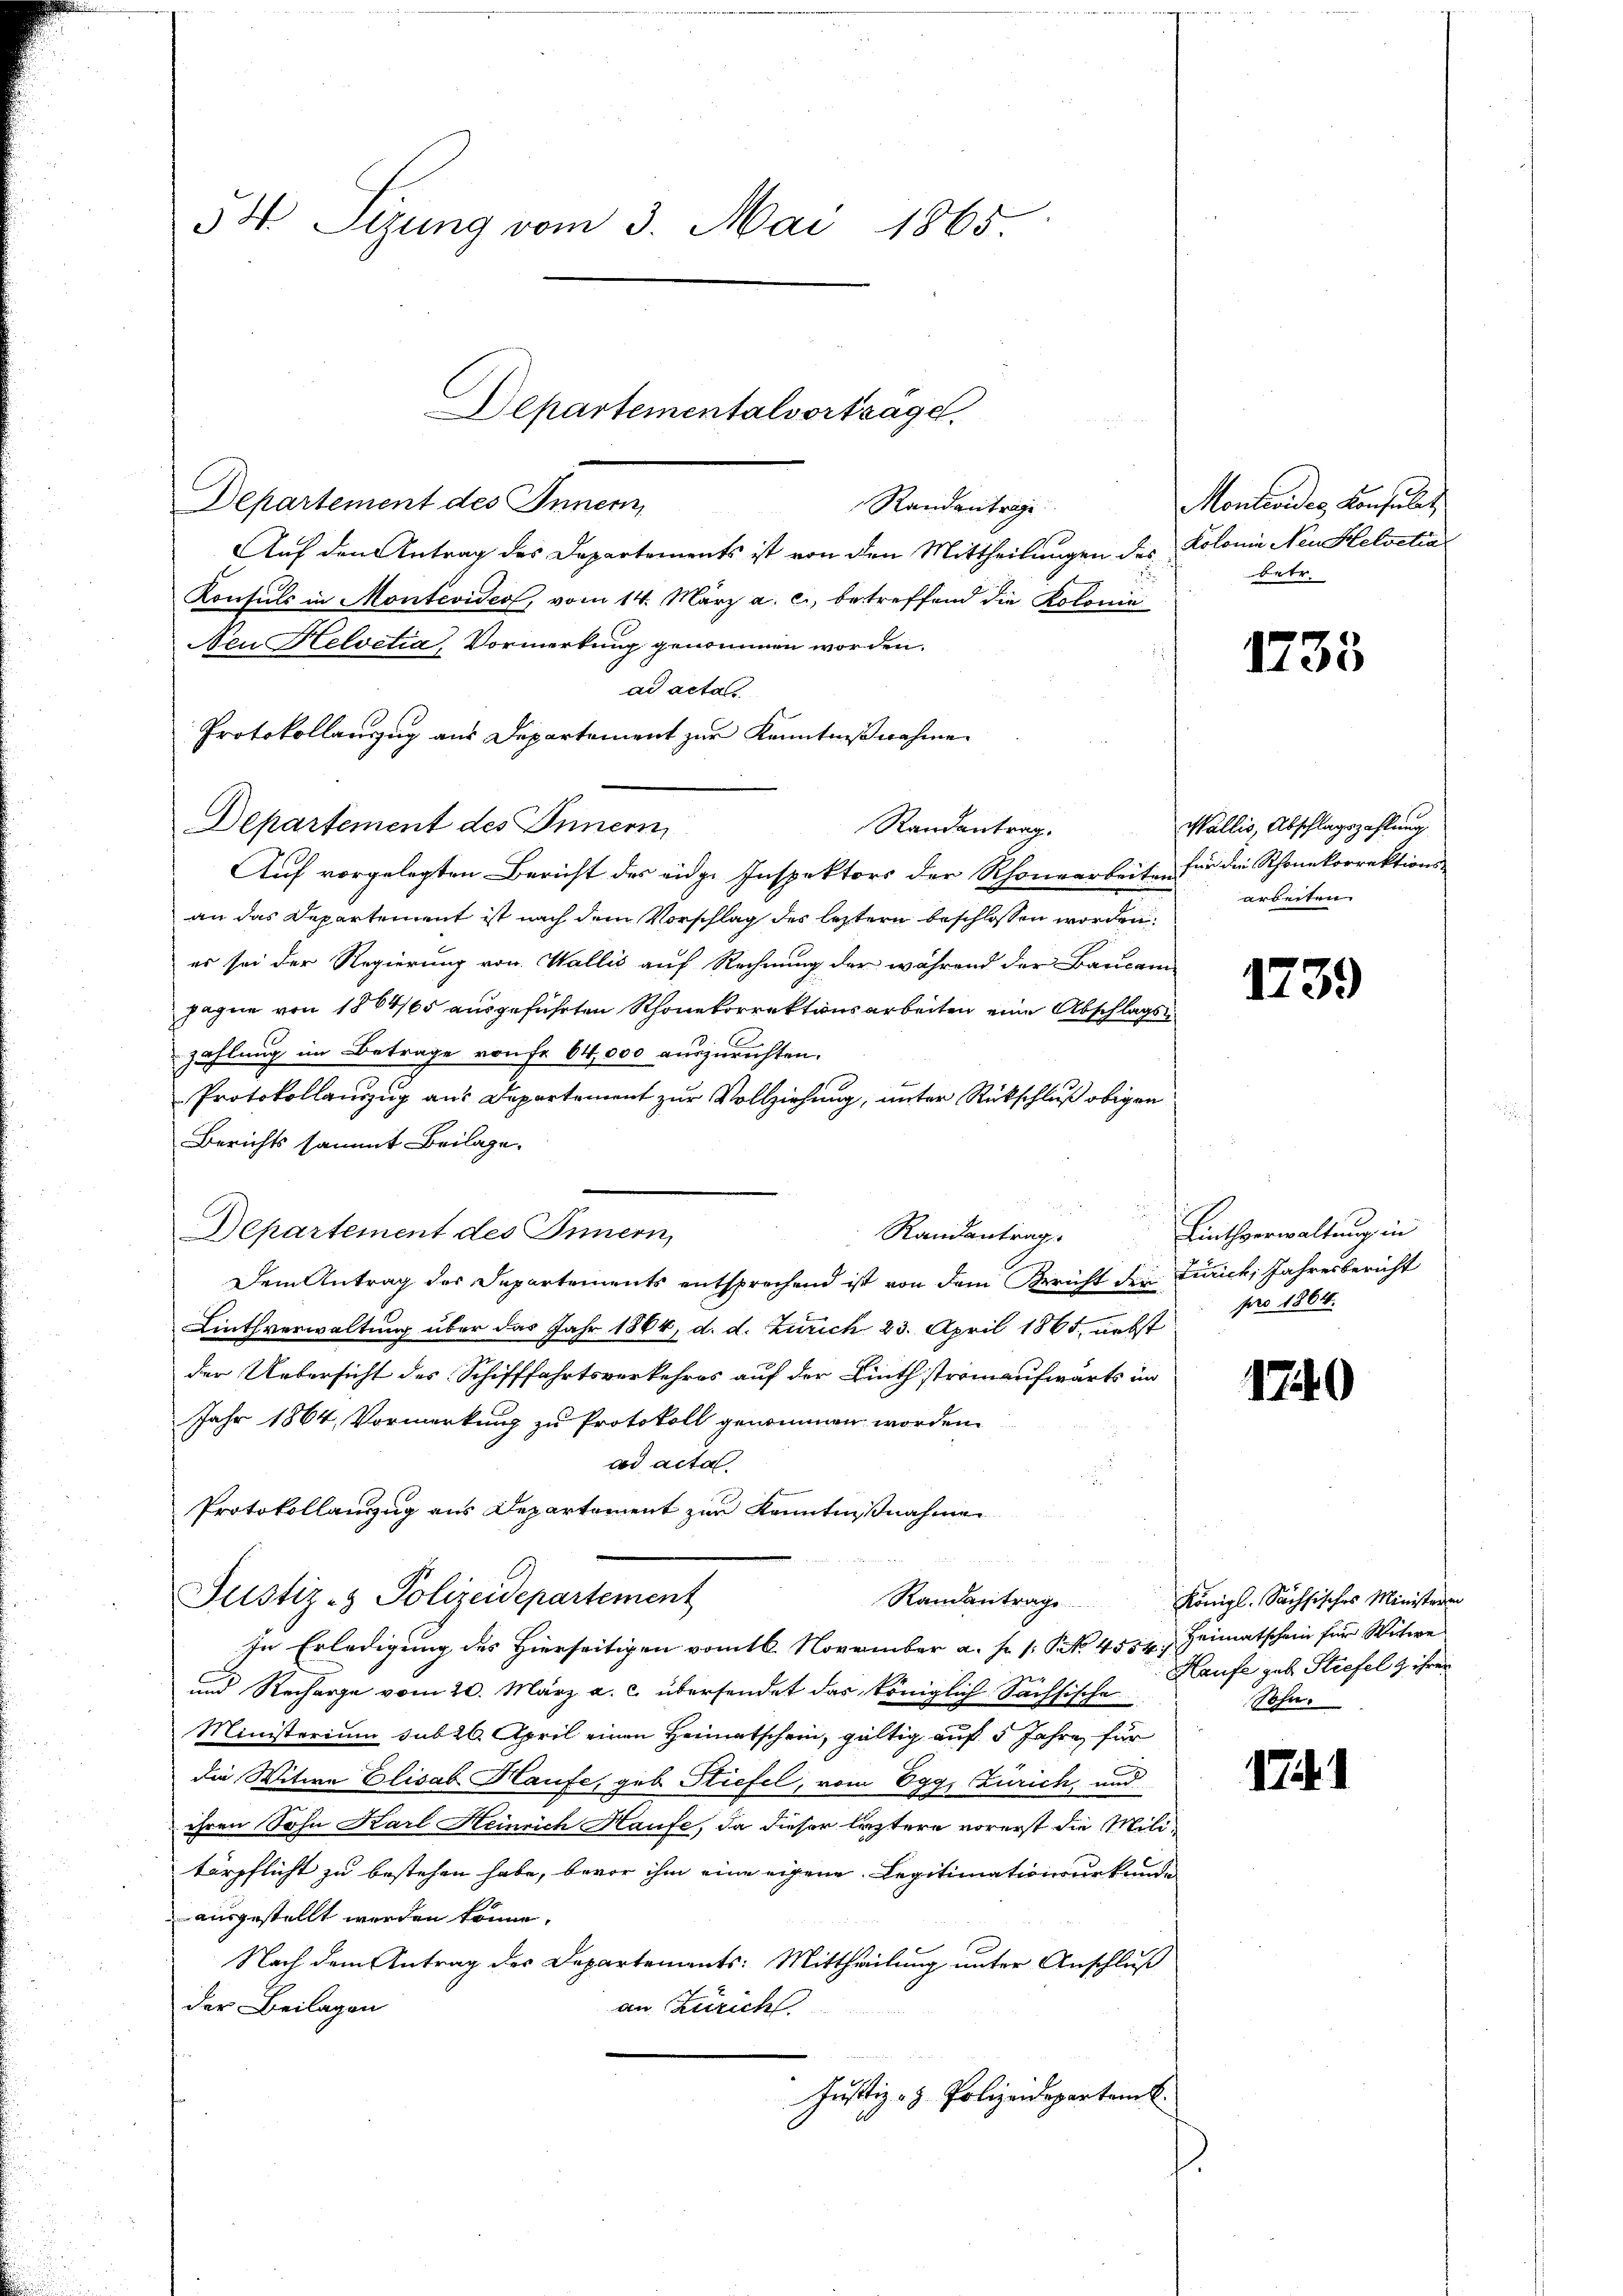
Departement des Innern,
Randantrage
Auf den Antrag des Departements ist von den Mittheilungen des Kolonie Neu Helvetia
Konsuls in Montevides, vom 14. März a. c., betreffend die Kolonie
Neu Helvetia, Vormerkung genommen worden.
ad acta
Protokollauszug aus Departement zur Kenntnißnahme
Departement des Innern
Randantrag.
Auf vorgelegten Bericht des eidge Inspektors der Rhonearbeite für die Rhonekorrektions-
an das Departement ist nach dem Vorschlag des leztern beschlossen worden.
es sei der Regierung von Wallis auf Rechnung der während der Baucam
Jagne von 1864/05 ausgeführten Rhonetorrektionsarbeiten eine Abschlagszahlung im Betrage von Fr. 64,000 auszurichten.
Protokollanzug aus Departement zur Vollziehung, unter Rückschluß obigen
Berichts sammt Beilage.
Departement des Innern,
Randantrag
Dem Antrag des Departements entsprechend ist von dem Bericht den Zürich, Jahresbericht
Linthverwaltung über das Jahr 1864, d. d. Zürich 23. April 1865, nebst
der Uebersicht des Schifffahrtsverkehres auf der Linth stromaufwärts im
Jahr 1864, Vormerkung zu Protokoll genommen worden.
ad acta
Protokollanzug aus Departement zur Kenntnißnahmen
Justiz- & Polizeidepartement
Randantrage
In Erledigung des Hierseitigen vom 16. November a. f. 1 S. 4554/
und Recharge vom 20. März a. c. übersendet das königlich Sächsische
Ministerium sub 26. April einen Heimatschein, gültig auf 5 Jahre für
die Witwe Elisab Haufe, geb. Stiefel, vom Egg, Zürich, und
ihren Sohn Karl Heinrich Haufe, da dieser leztere vorerst die Militärpflicht zu bestehen habe, bevor ihm eine eigene Legitimationsurkunde
ausgestellt werden könne.
Nach dem Antrag des Departements: Mittheilung unter Anschluß
der Beilagen
an Zürich
Justiz- & Polizeidepartamt
.

54 Sizung vom 3. Mai 1865.

Departementalvortrage,

Montevides Konsulat
betr.

1735

Wallis, Abschlagszahlung
arbeiten.

1739

Linthverwaltung in
pro 1864.

1740

Königl. Sächsisches Ministeren
Heimatschein für Witwe
Haufe geb. Stiefel & ihren
Sohn.

17.1